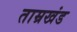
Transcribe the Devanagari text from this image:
ताम्रखंड